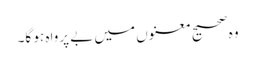
وہ صحیح معنوں میں‌ بے پرواہ ہو گا۔